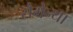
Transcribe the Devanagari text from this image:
सैमेन्था